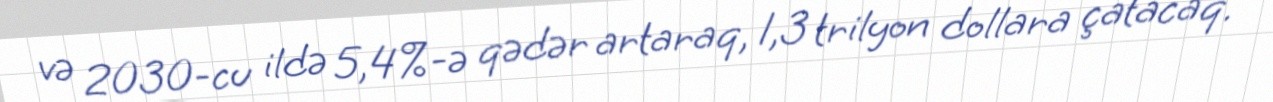
və 2030-cu ildə 5,4%-ə qədər artaraq, 1,3 trilyon dollara çatacaq.